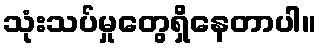
သုံးသပ်မှုတွေရှိနေတာပါ။